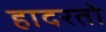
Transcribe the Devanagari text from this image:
हादरतो